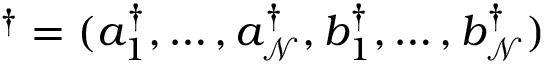
\mathbf { \varphi } ^ { \dagger } = ( a _ { 1 } ^ { \dagger } , \dots , a _ { \mathcal { N } } ^ { \dagger } , b _ { 1 } ^ { \dagger } , \dots , b _ { \mathcal { N } } ^ { \dagger } )